Indian journal of veterinary science and animal husbandry - Volume 7,
Year: 1937
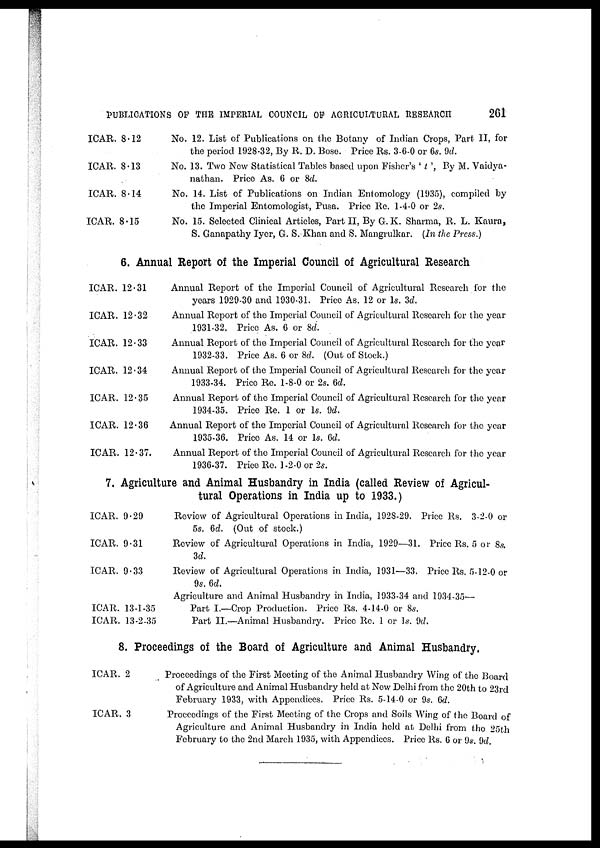
PUBLICATIONS OF THE IMPERIAL COUNCIL OF AGRICULTURAL RESEARCH
261
ICAR. 8.12
ICAR. 8.13
ICAR. 8.14
ICAR. 8.15
No. 12. List of Publications on the Botany of Indian Crops, Part II, for
the period 1928-32, By R. D. Bose. Price Rs. 3-6-0 or 6s. 9d.
No. 13. Two New Statistical Tables based upon Fisher's ' t ', By M. Vaidya-
nathan. Price As. 6 or 8d.
No. 14. List of Publications on Indian Entomology (1935), compiled by
the Imperial Entomologist, Pusa. Price Re. 1-4-0 or 2s.
No. 15. Selected Clinical Articles, Part II, By G. K. Sharma, R. L. Kaura,
S. Ganapathy Iyer, G. S. Khan and S. Mangrulkar. (In the Press.)
6. Annual Report of the Imperial Council of Agricultural Research
ICAR. 12.31
ICAR. 12.32
ICAR. 12.33
ICAR. 12.34
ICAR. 12.35
ICAR. 12.36
ICAR. 12.37.
Annual Report of the Imperial Council of Agricultural Research for the
years 1929-30 and 1930-31. Price As. 12 or 1s. 3d.
Annual Report of the Imperial Council of Agricultural Research for the year
1931-32. Price As. 6 or 8d.
Annual Report of the Imperial Council of Agricultural Research for the year
1932-33. Price As. 6 or 8d. (Out of Stock.)
Annual Report of the Imperial Council of Agricultural Research for the year
1933-34. Price Re. 1-8-0 or 2s. 6d.
Annual Report of the Imperial Council of Agricultural Research for the year
1934-35. Price Re. 1 or 1s. 9d.
Annual Report of the Imperial Council of Agricultural Research for the year
1935-36. Price As. 14 or 1s. 6d.
Annual Report of the Imperial Council of Agricultural Research for the year
1936-37. Price Re. 1-2-0 or 2s.
7. Agriculture and Animal Husbandry in India (called Review of Agricul-
tural Operations in India up to 1933.)
ICAR. 9.29
ICAR. 9.31
ICAR. 9.33
ICAR. 13-1-35
ICAR. 13-2-35
Review of Agricultural Operations in India, 1928-29. Price Rs. 3-2-0 or
5s. 6d. (Out of stock.)
Review of Agricultural Operations in India, 1929—31. Price Rs. 5 or 8s.
3d.
Review of Agricultural Operations in India, 1931—33. Price Rs. 5-12-0 or
9s. 6d.
Agriculture and Animal Husbandry in India, 1933-34 and 1934-35—
Part I.—Crop Production. Price Rs. 4-14-0 or 8s.
Part II.—Animal Husbandry. Price Re. 1 or 1s. 9d.
8. Proceedings of the Board of Agriculture and Animal Husbandry.
ICAR. 2
ICAR. 3
Proceedings of the First Meeting of the Animal Husbandry Wing of the Board
of Agriculture and Animal Husbandry held at New Delhi from the 20th to 23rd
February 1933, with Appendices. Price Rs. 5-14-0 or 9s. 6d.
Proceedings of the First Meeting of the Crops and Soils Wing of the Board of
Agriculture and Animal Husbandry in India held at Delhi from the 25th
February to the 2nd March 1935, with Appendices. Price Rs. 6 or 9s. 9d.